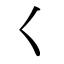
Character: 𡿨